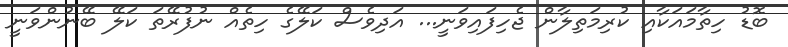
ބޮޑު ހިތާމައަކާއި ކުރިމަތިލާން ޖެހިފައިވަނީ... އަދިވެސް ކަލޭގެ ހިތެއް ނުފުރޭތަ ކަލޭ ބޭނުންވަނީ